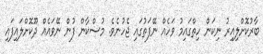
ބާރުކޮށްލިއިރު ނިކަން ހިތްގައިމު ވަހެއް ނޭފަތުގައި ޖެހުނެވެ. މުސްކާން ފުން ނޭވައެއް ދޫކޮށްލައިފައި